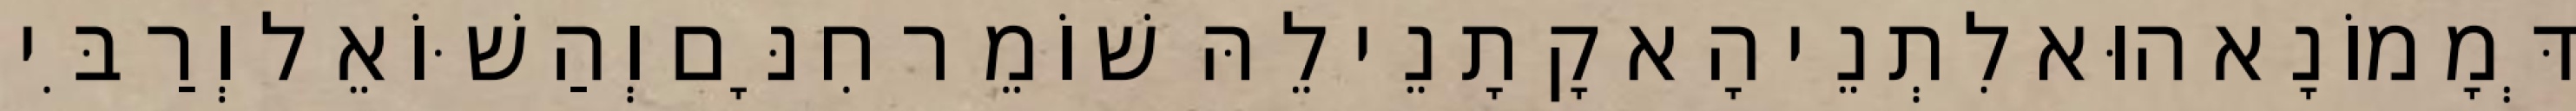
דְּמָמוֹנָא הוּא לִתְנֵי הָא קָתָנֵי לֵהּ שׁוֹמֵר חִנָּם וְהַשּׁוֹאֵל וְרַבִּי